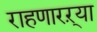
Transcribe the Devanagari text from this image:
राहणारऱ्या